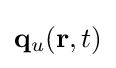
\mathbf {q} _{u}(\mathbf {r} ,t)